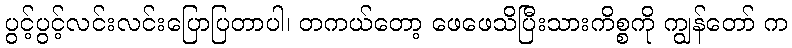
ပွင့်ပွင့်လင်းလင်းပြောပြတာပါ၊ တကယ်တော့ ဖေဖေသိပြီးသားကိစ္စကို ကျွန်တော် က